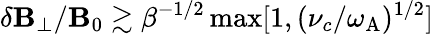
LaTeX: \delta\mathbf{B}_{\perp}/\mathbf{B}_{0}\gtrsim\beta^{-1/2}\operatorname*{max}[1,(\nu_{c}/\omega_{\mathrm{{A}}})^{1/2}]